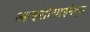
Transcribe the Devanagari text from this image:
आइसोसाइनेट्स